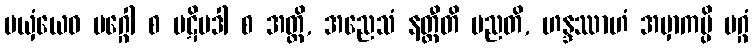
မယှံယေဝ မဂ္ဂေါ စ ပဋိပဒါ စ အတ္ထိ, အညေသံ နတ္ထီတိ မညတိ, ဟန္ဒဿာဟံ အမှာကမ္ပိ မဂ္ဂံ